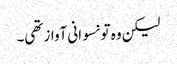
لیکن وہ تو نسوانی آواز تھی۔